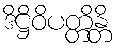
ဒိဋ္ဌိဝိပတ္တိန္တိ